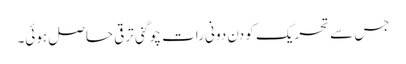
جس سے تحریک کو دن دونی رات چوگنی ترقی حاصل ہوئی۔